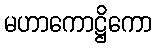
မဟာကောဋ္ဌိကော